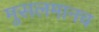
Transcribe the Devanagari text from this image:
मुसलमानच